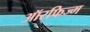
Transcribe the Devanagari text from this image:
ऑरफिज्म